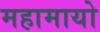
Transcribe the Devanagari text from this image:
महामायो